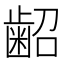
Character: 𮯃